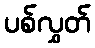
ပစ်လွှတ်